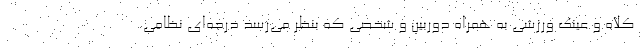
کلاه و عینک ورزشی به همراه دوربین و شخصی که بنظر می‌رسد درجه‌ای نظامی